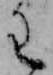
わ